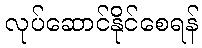
လုပ်ဆောင်နိုင်စေရန်